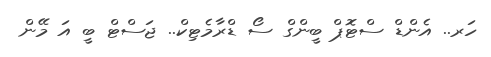
ހަރ.. އެންޑް ސްޓޮޕް ބީންގް ސޯ ޑްރާމެޓިކް.. ޖަސްޓް ބީ އަ މޭން